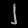
Digit: ၂